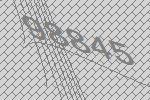
98845